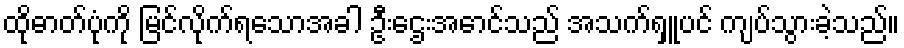
ထိုဓာတ်ပုံကို မြင်လိုက်ရသောအခါ ဦးဌေးအောင်သည် အသက်ရှူပင် ကျပ်သွားခဲ့သည်။